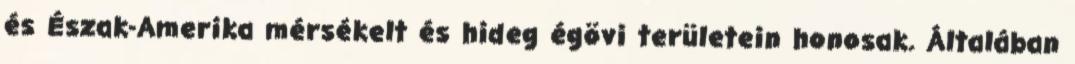
és Észak-Amerika mérsékelt és hideg égövi területein honosak. Általában